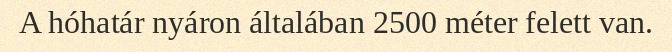
A hóhatár nyáron általában 2500 méter felett van.